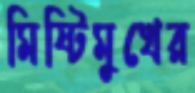
মিষ্টিমুখের